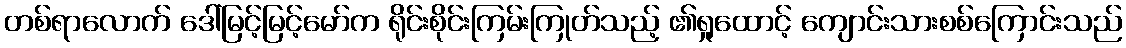
တစ်ရာလောက် ဒေါ်မြင့်မြင့်မော်က ရိုင်းစိုင်းကြမ်းကြုတ်သည့် ၏ရှုထောင့် ကျောင်းသားစစ်ကြောင်းသည်